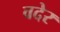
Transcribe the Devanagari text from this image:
वदेर